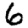
Digit: 6